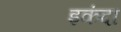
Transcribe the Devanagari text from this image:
इकंदा